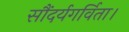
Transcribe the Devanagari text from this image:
सौंदर्यगर्विता।